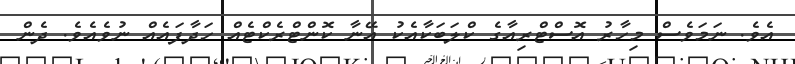
އެވެ. ނަމަވެސް މިހާރު އޮސްޓްރިއާގެ ކްލަބަކާއެކު އޭނާ ކޮންޓްރެކްޓެއް ހަދާފައެއް ނުވެއެވެ. ދެން